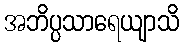
အဘိပ္ပသာရေယျာသိ